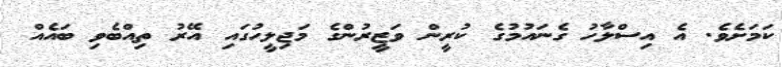
ކަމަށެވެ. އެ އިސްލާހު ގެނައުމުގެ ކުރީން ވަޒީރުންގެ މަޖިލީހުގައި އޭރު ތިއްބެވި ބައެއް